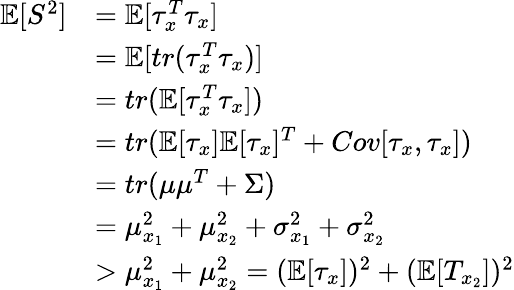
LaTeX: \begin{array}{rl}{\mathbb{E}[S^{2}]}&{=\mathbb{E}[\tau_{x}^{T}\tau_{x}]}\\ &{=\mathbb{E}[tr(\tau_{x}^{T}\tau_{x})]}\\ &{=tr(\mathbb{E}[\tau_{x}^{T}\tau_{x}])}\\ &{=tr(\mathbb{E}[\tau_{x}]\mathbb{E}[\tau_{x}]^{T}+Cov[\tau_{x},\tau_{x}])}\\ &{=tr(\mu\mu^{T}+\Sigma)}\\ &{=\mu_{x_{1}}^{2}+\mu_{x_{2}}^{2}+\sigma_{x_{1}}^{2}+\sigma_{x_{2}}^{2}}\\ &{>\mu_{x_{1}}^{2}+\mu_{x_{2}}^{2}=(\mathbb{E}[\tau_{x}])^{2}+(\mathbb{E}[T_{x_{2}}])^{2}}\end{array}